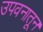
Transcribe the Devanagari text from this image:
उपवनातून